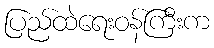
ပြည်ထဲရေးဝန်ကြီးက